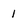
Character: 1